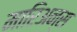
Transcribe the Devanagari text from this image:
मारिअन्स